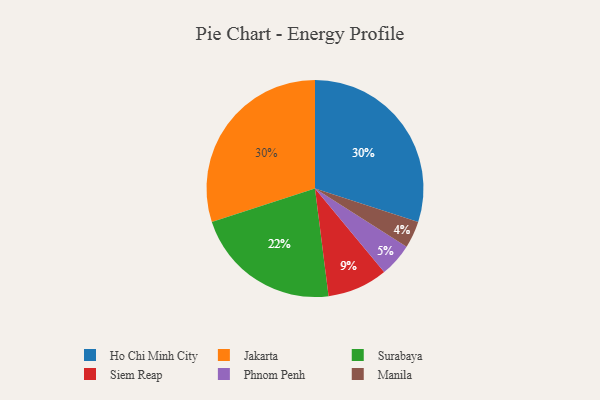
{"axis": {"x": "Category", "y": "Percentage"}, "legend": ["Ho Chi Minh City", "Jakarta", "Manila", "Phnom Penh", "Siem Reap", "Surabaya"], "data": [{"x": "Phnom Penh", "y": 5, "type": "Phnom Penh"}, {"x": "Ho Chi Minh City", "y": 30, "type": "Ho Chi Minh City"}, {"x": "Siem Reap", "y": 9, "type": "Siem Reap"}, {"x": "Jakarta", "y": 30, "type": "Jakarta"}, {"x": "Manila", "y": 4, "type": "Manila"}, {"x": "Surabaya", "y": 22, "type": "Surabaya"}]}